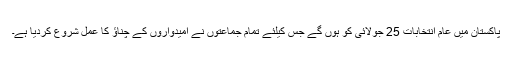
پاکستان میں عام انتخابات 25 جولائی کو ہوں گے جس کیلئے تمام جماعتوں نے امیدواروں کے چناؤ کا عمل شروع کردیا ہے۔